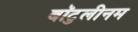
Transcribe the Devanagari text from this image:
बॉटुलीनम